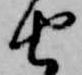
由